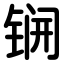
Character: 锎